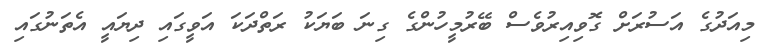
މިއަދުގެ އަސުރަށް ގޮވިއިރުވެސް ބޭރުމީހުންގެ ގިނަ ބަޔަކު ރަތްދަކަ އަވީގައި ދިޔައީ އެތަނުގައި